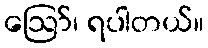
ဪ၊ ရပါတယ်။